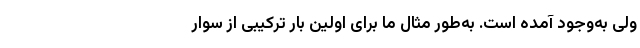
ولی به‌وجود آمده است. به‌طور مثال ما برای اوّلین بار ترکیبی از سوار